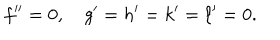
f { ' ^ { \prime } } = 0 , \quad g ^ { \prime } = h ^ { \prime } = k ^ { \prime } = \ell ^ { \prime } = 0 .